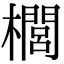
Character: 櫚